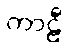
ကာဠီ